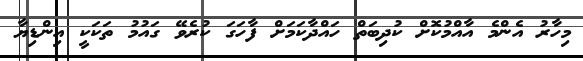
މިހާރު އެންމެ އާއްމުކޮށް ކުދިބަތް ހައްދާކަމަށް ފާހަގަ ކުރެވޭ ގައުމު ތަކަކީ އިންޑިޔާ